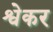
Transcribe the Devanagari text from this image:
श्वेकर